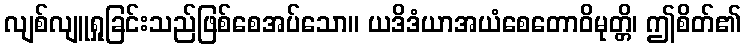
လျစ်လျူရှုခြင်းသည်ဖြစ်စေအပ်သော။ ယဒိဒံယာအယံစေတောဝိမုတ္တိ၊ ဤစိတ်၏